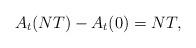
LaTeX: \begin{align*}A_t(NT) - A_t(0) = NT,\end{align*}